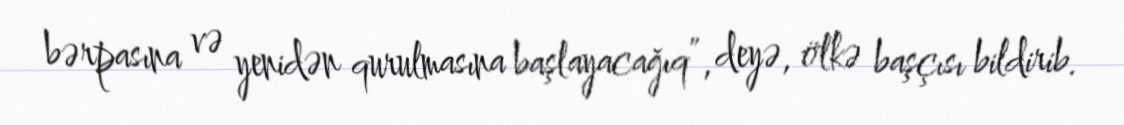
bərpasına və yenidən qurulmasına başlayacağıq”, deyə, ölkə başçısı bildirib.